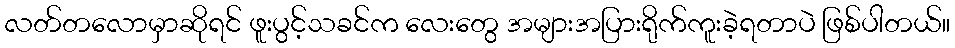
လတ်တလောမှာဆိုရင် ဖူးပွင့်သခင်က လေးတွေ အများအပြားရိုက်ကူးခဲ့ရတာပဲ ဖြစ်ပါတယ်။